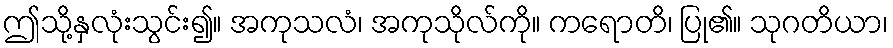
ဤသို့နှလုံးသွင်း၍။ အကုသလံ၊ အကုသိုလ်ကို။ ကရောတိ၊ ပြု၏။ သုဂတိယာ၊